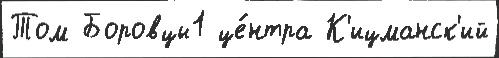
Том Боровцы1 це́нтра К'ицманск'ий